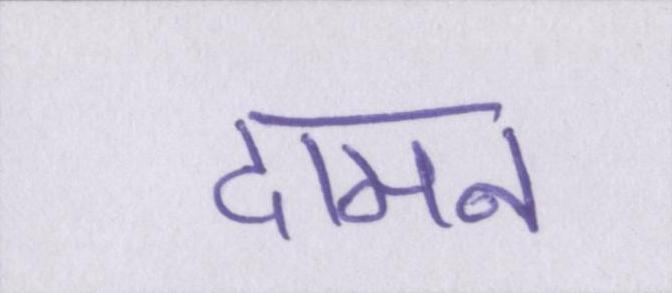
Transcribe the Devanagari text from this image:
दामन